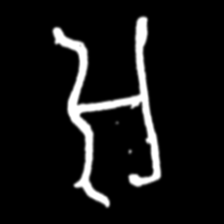
Pyu character \u2014 Myanmar letter: အ (romanized: a)